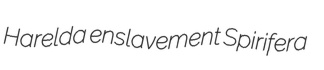
Harelda enslavement Spirifera